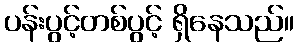
ပန်းပွင့်တစ်ပွင့် ရှိနေသည်။